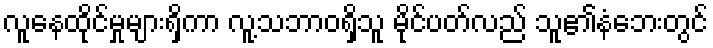
လူနေထိုင်မှုများရှိကာ လူ့သဘာဝရှိသူ မိုင်ပတ်လည် သူ၏နံဘေးတွင်